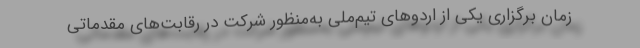
زمان برگزاری یکی از اردوهای تیم‌ملی به‌منظور شرکت در رقابت‌های مقدماتی